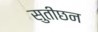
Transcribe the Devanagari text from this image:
सुतीछन